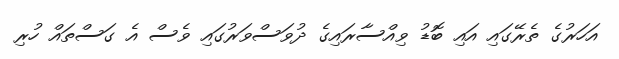
އަހަރުގެ ތެރޭގައި އައި ބޮޑު ވިއްސާރައިގެ ދުވަސްވަރުގައި ވެސް އެ ގަސްތައް ހުރި